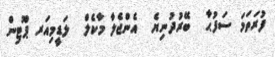
ފުރަތަމަ ސަފުޙާ  ބޭރުދުނިޔެ  އެންޖެލާ މާކެލް  ލަޑީމިއަރ ޕޫޓިން